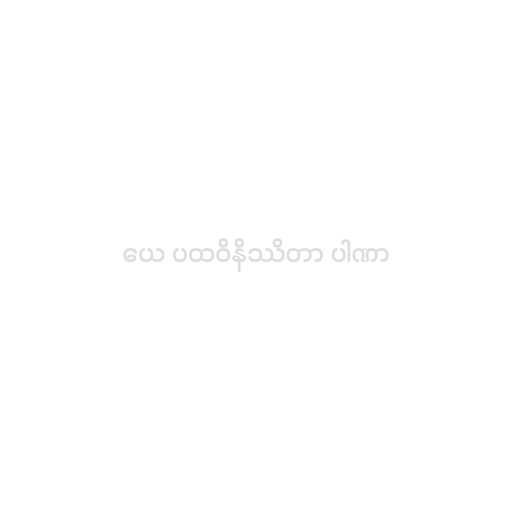
ယေ ပထဝိနိဿိတာ ပါဏာ